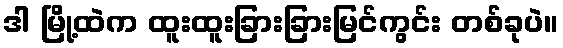
ဒါ မြို့ထဲက ထူးထူးခြားခြားမြင်ကွင်း တစ်ခုပဲ။